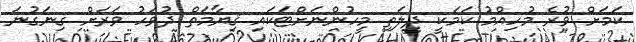
ކަމަށް ވުރެ މުހިއްމު ކަމަކީ ދީލަތި މީހުންނަށްޓަކައި ޤިޔާމަތް ދުވަހު ވަރަށް ގިނަގުނަ